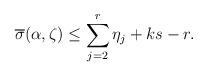
LaTeX: \begin{align*} \overline{\sigma}(\alpha,\zeta)\leq \sum_{j=2}^{r} \eta_{j}+ ks-r.\end{align*}